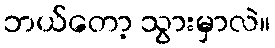
ဘယ်တော့ သွားမှာလဲ။